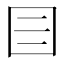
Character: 𡆨